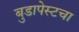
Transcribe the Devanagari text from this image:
बुडापेस्टचा